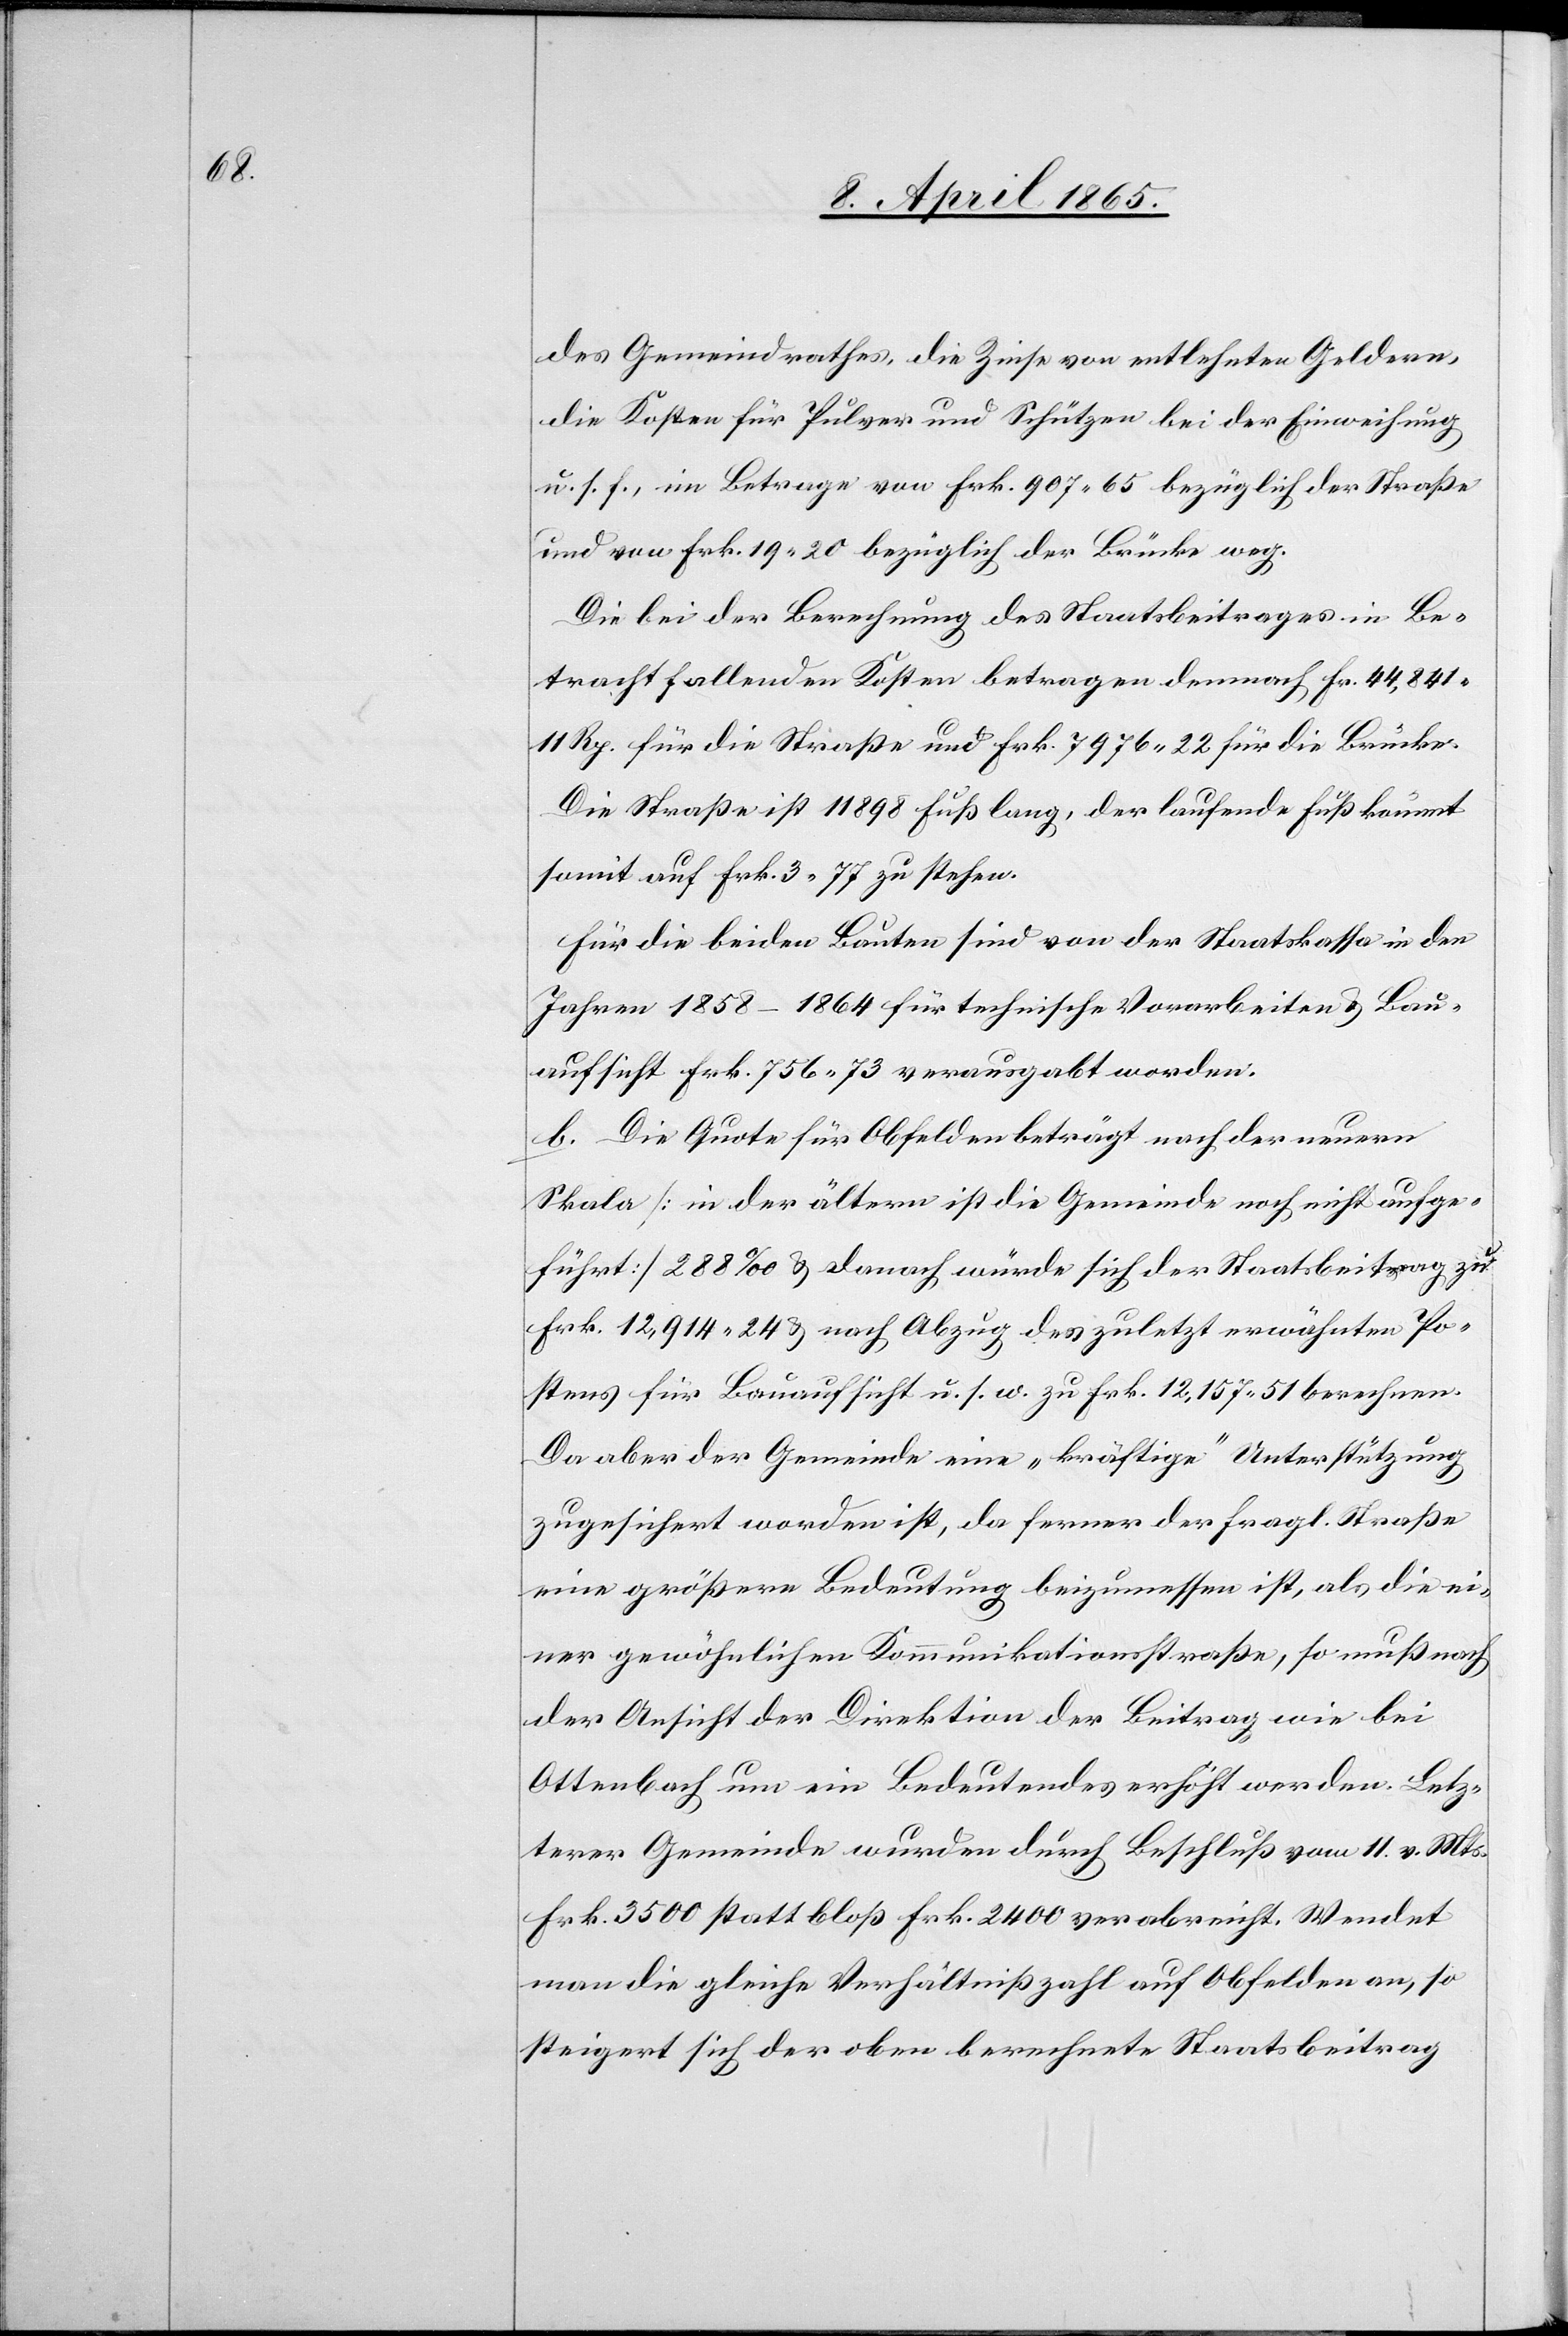
des Gemeindrathes, die Zinse von entlehnten Geldern,
die Kosten für Pulver und Schützen bei der Einweihung
u. s. f., im Betrage von Frk. 907 65 bezüglich der Straße
und von Frk. 19 20 bezüglich der Brücke weg.
Die bei der Berechnung des Staatsbeitrages in Be¬
tracht fallenden Kosten betragen demnach Fr. 44,841
11 Rp. für die Straße und Frk. 7976 22 für die Brücke.
Die Straße ist 11 898 Fuß lang, der laufende Fuß kommt
somit auf Frk. 3 77 zu stehen.
Für die beiden Bauten sind von der Staatskassa in den
Jahren 1858–1864 für technische Vorarbeiten & Bau¬
aufsicht Frk. 756 73 verausgabt worden.
b. Die Quote für Obfelden beträgt nach der neuern
Skala [in der ältern ist die Gemeinde noch nicht aufge¬
führt] 288 ‰ & danach würde sich der Staatsbeitrag zu
Frk. 12,914 24 & nach Abzug des zuletzt erwähnten Po¬
stens für Bauaufsicht u. s. w. zu Frk. 12,157 51 berechnen.
Da aber der Gemeinde eine „kräftige“ Unterstützung
zugesichert worden ist, da ferner der fragl. Straße
eine größere Bedeutung beizumessen ist, als die ei¬
ner gewöhnlichen Kommunikationsstraße, so muß nach
der Ansicht der Direktion der Beitrag wie bei
Ottenbach um ein Bedeutendes erhöht werden. Letz¬
terer Gemeinde wurden durch Beschluß vom 11. v. Mts.
Frk. 3500 statt bloß Frk. 2400 verabreicht. Wendet
man die gleiche Verhältnißzahl auf Obfelden an, so
steigert sich der oben berechnete Staatsbeitrag